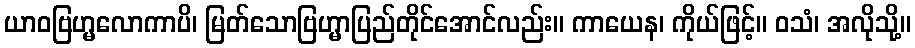
ယာဝဗြဟ္မလောကာပိ၊ မြတ်သောဗြဟ္မာပြည်တိုင်အောင်လည်း။ ကာယေန၊ ကိုယ်ဖြင့်။ ဝသံ၊ အလိုသို့။